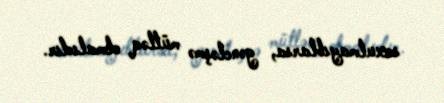
soxulmayıblarsa, gəncləşmə mütləq olmalıdır.